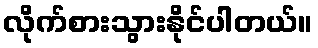
လိုက်စားသွားနိုင်ပါတယ်။